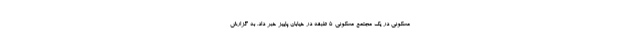
مسکونی در یک مجتمع مسکونی ۵ طبقه در خیابان پاییز خبر داد. به گزارش